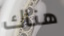
هناك